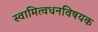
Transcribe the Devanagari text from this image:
स्वामित्वधनविषयक